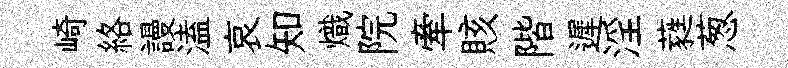
崎絡謾溘哀知熾院牽賅階遲淫蕤葱